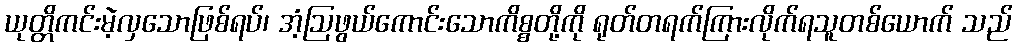
ယုတ္တိကင်းမဲ့လှသောဖြစ်ရပ်၊ အံ့ဩဖွယ်ကောင်းသောကိစ္စတို့ကို ရုတ်တရက်ကြားလိုက်ရသူတစ်ယောက် သည်